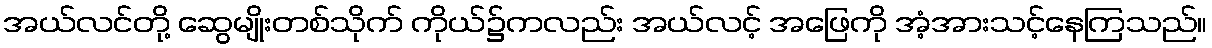
အယ်လင်တို့ ဆွေမျိုးတစ်သိုက် ကိုယ်၌ကလည်း အယ်လင့် အဖြေကို အံ့အားသင့်နေကြသည်။